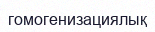
гомогенизациялық